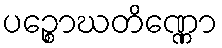
ပဉ္စောဃတိဏ္ဏော